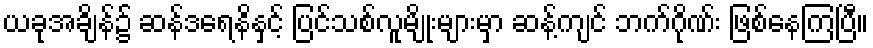
ယခုအချိန်၌ ဆန်ဒရေနိနှင့် ပြင်သစ်လူမျိုးများမှာ ဆန့်ကျင် ဘက်ဂိုဏ်း ဖြစ်နေကြပြီ။